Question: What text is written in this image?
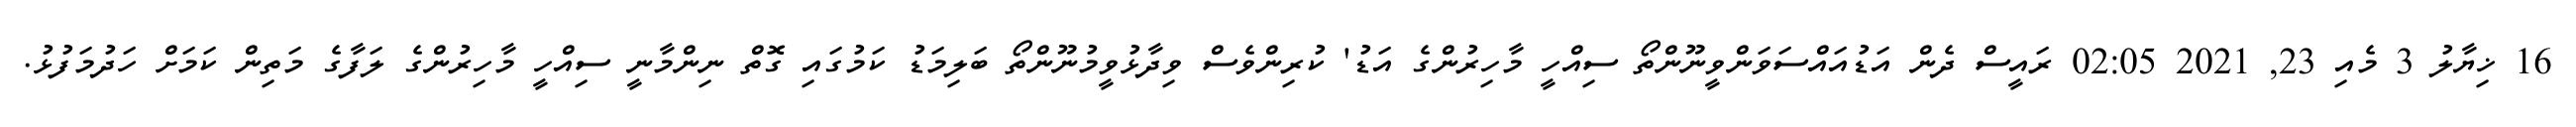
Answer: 16 ޚިޔާލު 3 މެއި 23, 2021 02:05 ރައީސް ދެން އަޑުއައްސަވަންވީނޫންތޯ ސިއްހީ މާހިރުންގެ އަޑު' ކުރިންވެސް ވިދާޅުވީމުނޫންތޯ ބަލިމަޑު ކަމުގައި ގޮތް ނިންމާނީ ސިއްހީ މާހިރުންގެ ލަފާގެ މަތިން ކަމަށް ހަދުމަފުޅު.